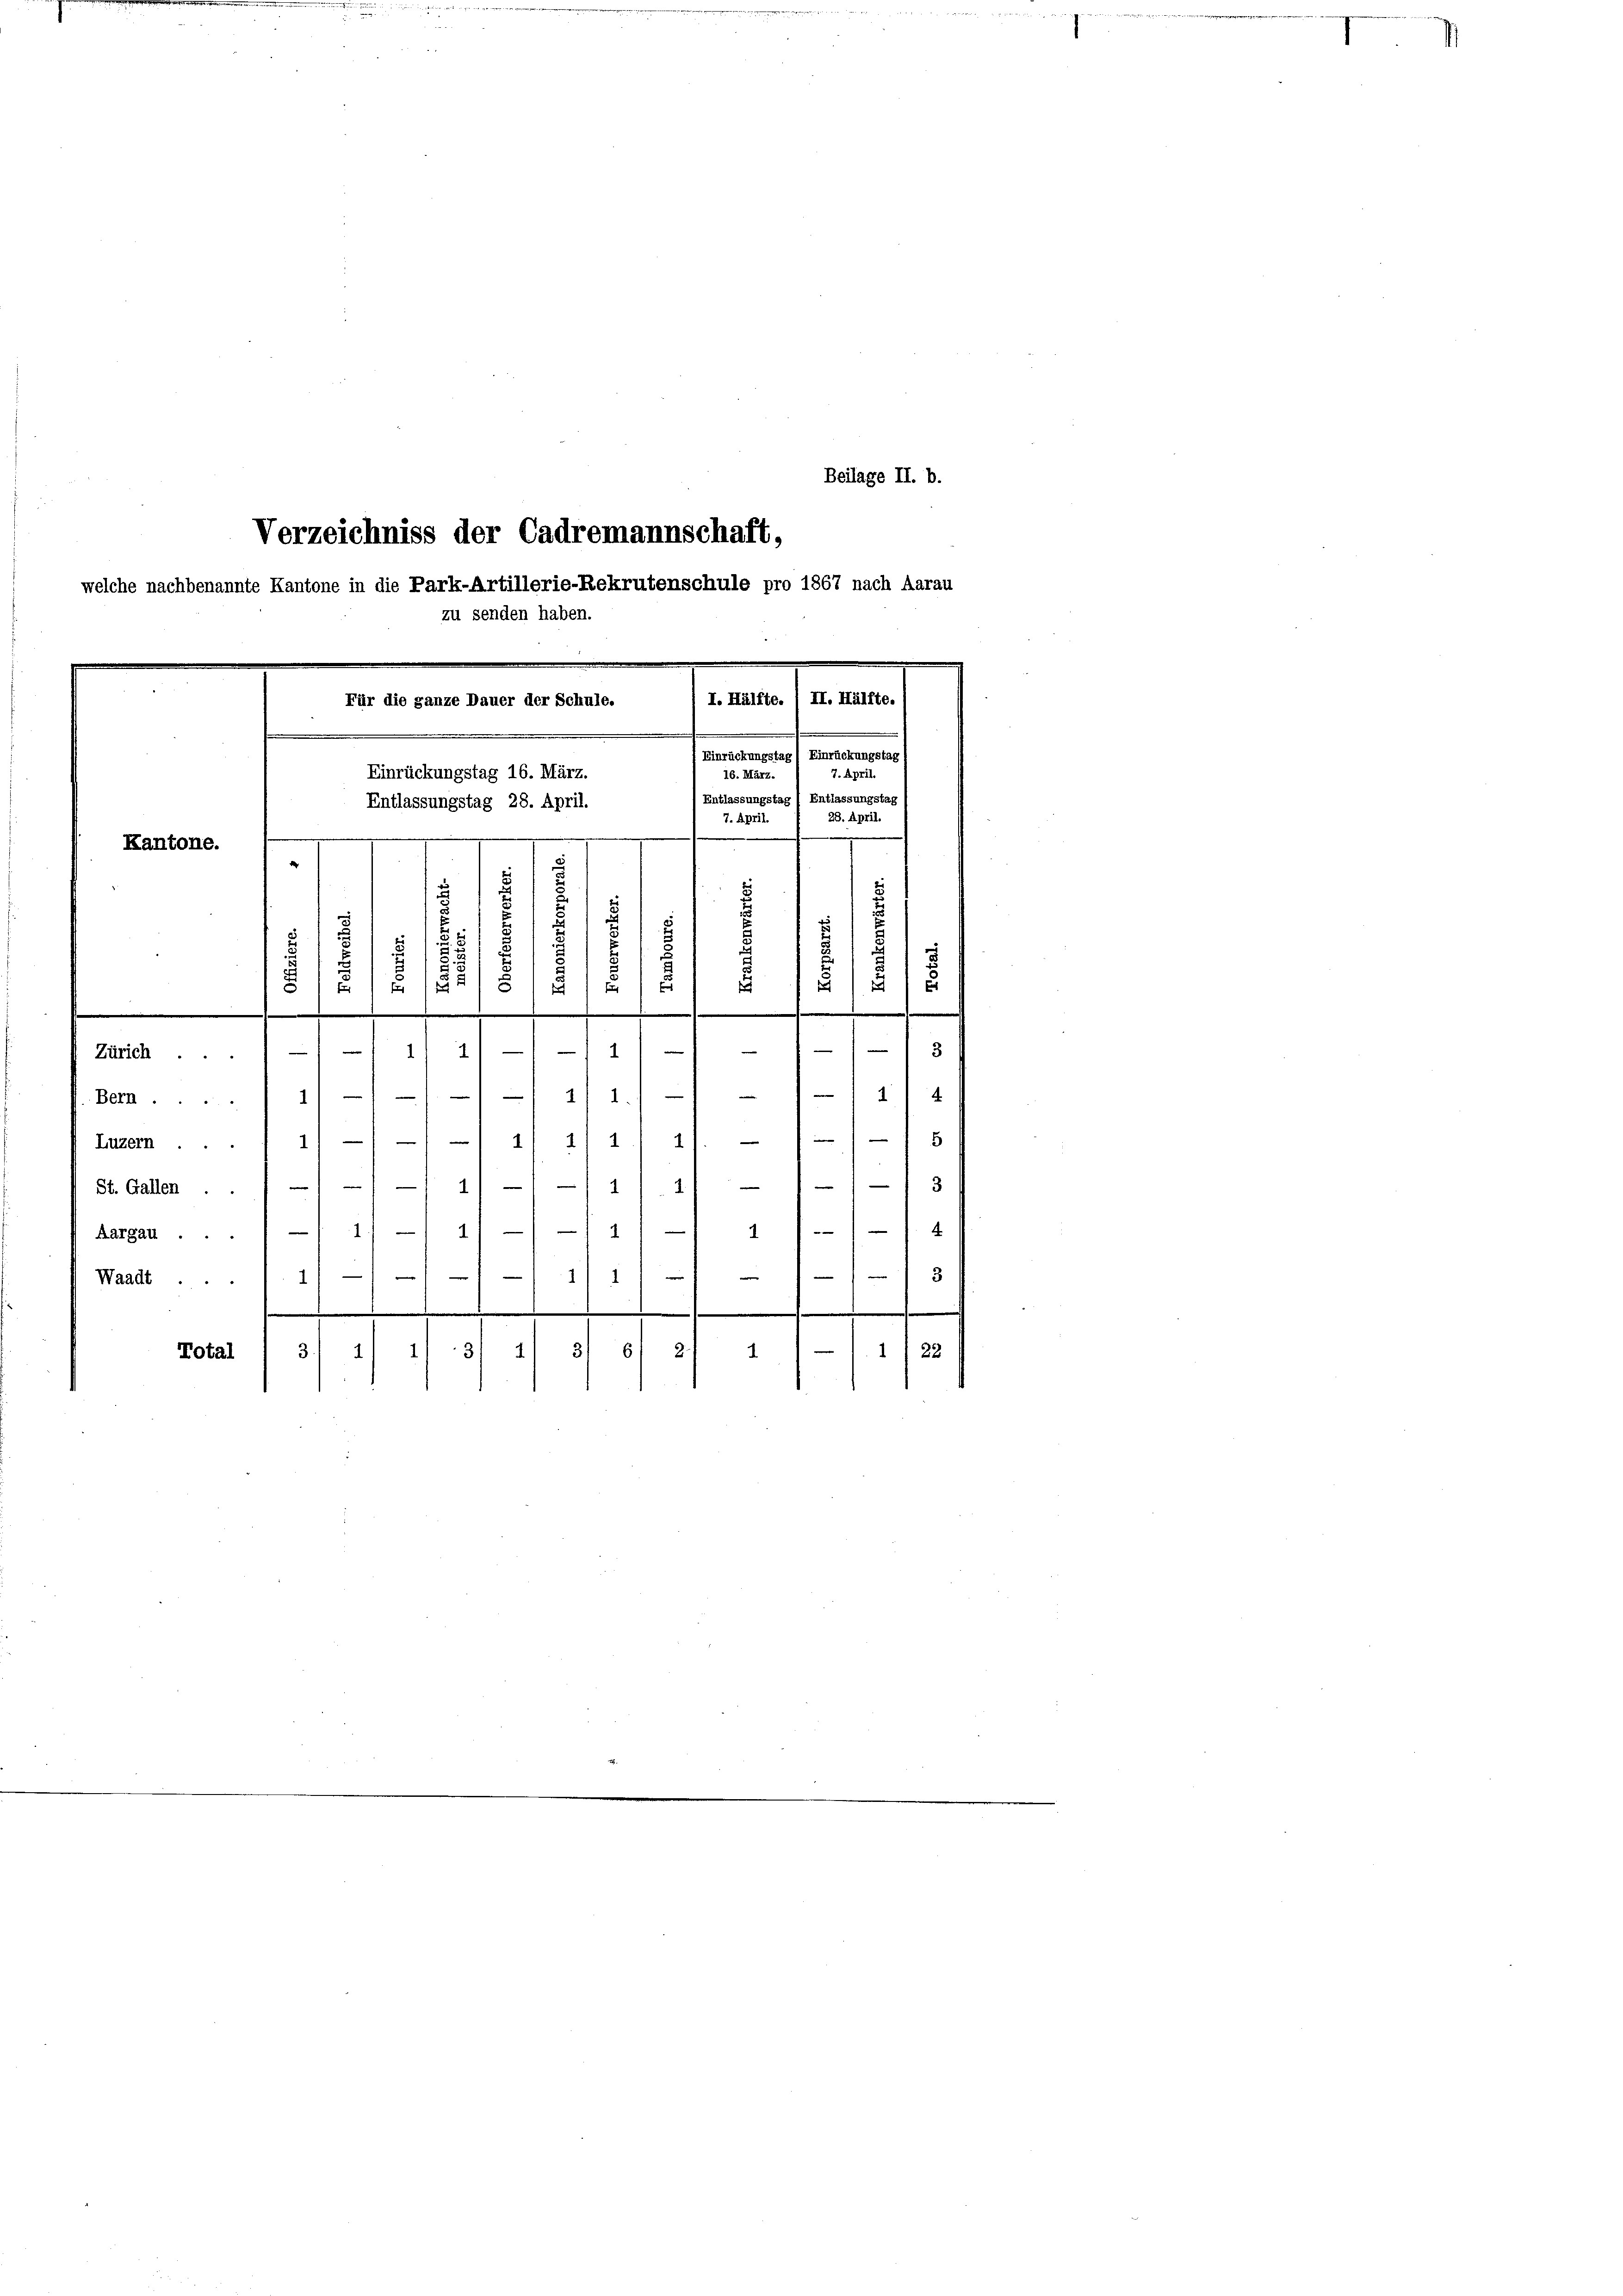
Verzeichniss der Cadremannschaft,
welche nachbenannte Kantone in die Park-Artillerie-Rekrutenschule pro 1867 nach Aarau
n

u senden haben.

7. April.
Einrückungstag 16. März.
Entlassungstag 28. April.
28. April.
.
g
Kantone.
.
u
¬
s
s
5
¬
.
.
21 § 111 2/4
15
.
s
.
—
3
1211
Zürich.
14
42/1. 1
Bern.....
 5
|
Hutzen.1) — 11 Al. 214, 11
13
St. Gallen . . 11 - 1)
14
.
1/1 11 - 141
s
Aargau.
 3
11
1
Waadt.
.
36) 21
Total
31 1
122
3.14
1

Beilage II. b.

Für die ganze Dauer der Schule.
.

d

.

I.

7. April.

an

f Einrückungstag) Einrückungstag f
16. März.
Entlassungstag (Entlassungstag

5
u
.

12

¬

n